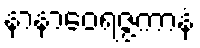
နာနာဝေရဇ္ဇကာနံ